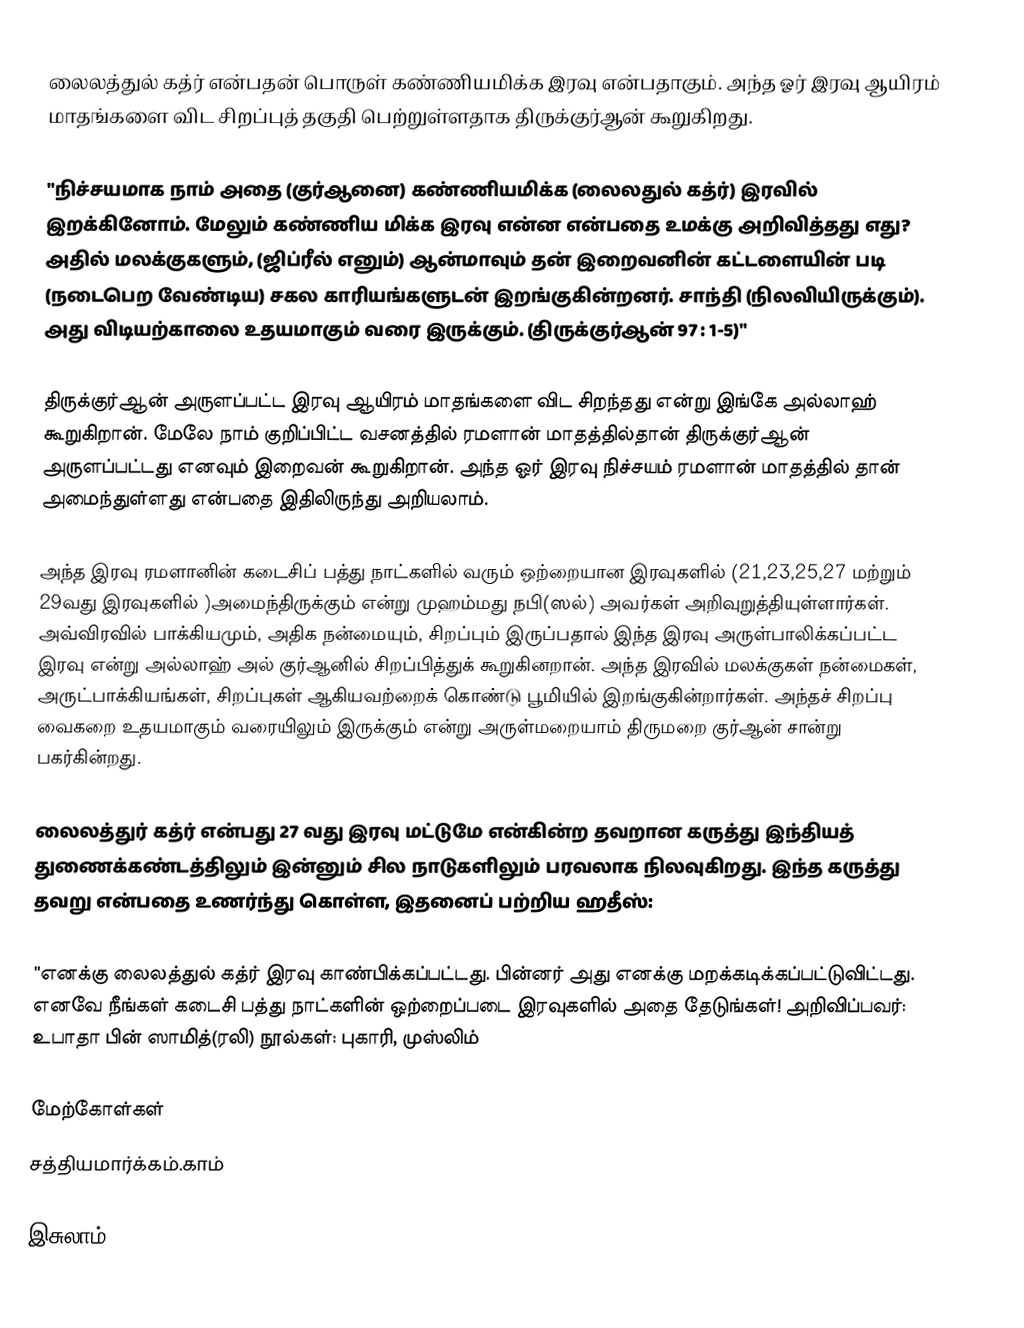
லைலத்துல் கத்ர் என்பதன் பொருள் கண்ணியமிக்க இரவு என்பதாகும். அந்த ஓர் இரவு ஆயிரம் மாதங்களை விட சிறப்புத் தகுதி பெற்றுள்ளதாக திருக்குர்ஆன் கூறுகிறது.

"நிச்சயமாக நாம் அதை (குர்ஆனை) கண்ணியமிக்க (லைலதுல் கத்ர்) இரவில் இறக்கினோம். மேலும் கண்ணிய மிக்க இரவு என்ன என்பதை உமக்கு அறிவித்தது எது? அதில் மலக்குகளும், (ஜிப்ரீல் எனும்) ஆன்மாவும் தன் இறைவனின் கட்டளையின் படி (நடைபெற வேண்டிய) சகல காரியங்களுடன் இறங்குகின்றனர். சாந்தி (நிலவியிருக்கும்). அது விடியற்காலை உதயமாகும் வரை இருக்கும். (திருக்குர்ஆன் 97 : 1-5)"

திருக்குர்ஆன் அருளப்பட்ட இரவு ஆயிரம் மாதங்களை விட சிறந்தது என்று இங்கே அல்லாஹ் கூறுகிறான். மேலே நாம் குறிப்பிட்ட வசனத்தில் ரமளான் மாதத்தில்தான் திருக்குர்ஆன் அருளப்பட்டது எனவும் இறைவன் கூறுகிறான். அந்த ஓர் இரவு நிச்சயம் ரமளான் மாதத்தில் தான் அமைந்துள்ளது என்பதை இதிலிருந்து அறியலாம்.

அந்த இரவு ரமளானின் கடைசிப் பத்து நாட்களில் வரும் ஒற்றையான இரவுகளில் (21,23,25,27 மற்றும் 29வது இரவுகளில் )அமைந்திருக்கும் என்று முஹம்மது நபி(ஸல்) அவர்கள் அறிவுறுத்தியுள்ளார்கள். அவ்விரவில் பாக்கியமும், அதிக நன்மையும், சிறப்பும் இருப்பதால் இந்த இரவு அருள்பாலிக்கப்பட்ட இரவு என்று அல்லாஹ் அல் குர்ஆனில் சிறப்பித்துக் கூறுகினறான். அந்த இரவில் மலக்குகள் நன்மைகள், அருட்பாக்கியங்கள், சிறப்புகள் ஆகியவற்றைக் கொண்டு பூமியில் இறங்குகின்றார்கள். அந்தச் சிறப்பு வைகறை உதயமாகும் வரையிலும் இருக்கும் என்று அருள்மறையாம் திருமறை குர்ஆன் சான்று பகர்கின்றது.

லைலத்துர் கத்ர் என்பது 27 வது இரவு மட்டுமே என்கின்ற தவறான கருத்து இந்தியத் துணைக்கண்டத்திலும் இன்னும் சில நாடுகளிலும் பரவலாக நிலவுகிறது. இந்த கருத்து தவறு என்பதை உணர்ந்து கொள்ள, இதனைப் பற்றிய ஹதீஸ்:

''எனக்கு லைலத்துல் கத்ர் இரவு காண்பிக்கப்பட்டது. பின்னர் அது எனக்கு மறக்கடிக்கப்பட்டுவிட்டது. எனவே நீங்கள் கடைசி பத்து நாட்களின் ஒற்றைப்படை இரவுகளில் அதை தேடுங்கள்! அறிவிப்பவர்: உபாதா பின் ஸாமித்(ரலி) நூல்கள்: புகாரி, முஸ்லிம்

மேற்கோள்கள்
சத்தியமார்க்கம்.காம்

இசுலாம்